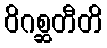
ဝိဂစ္ဆတီတိ